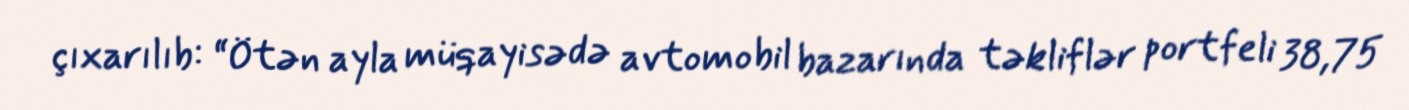
çıxarılıb: “Ötən ayla müqayisədə avtomobil bazarında təkliflər portfeli 38,75